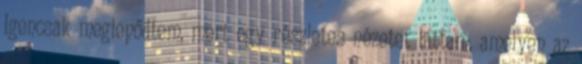
Igencsak meglepődtem, mert egy részletes nézetet láttam, amelyen az